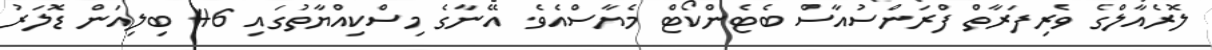
ލޮރެއާލްގެ ވެރިފަރާތް ފްރަންސުއާސް ބެޓެންކޯޓް މެޔާސްއެވެ. އޭނާގެ މިސްކިއްޔާތުގައި 46 ބިލިއަން ޑޮލަރު